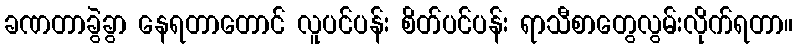
ခဏတာခွဲခွာ နေရတာတောင် လူပင်ပန်း စိတ်ပင်ပန်း ရာသီစာတွေလွမ်းလိုက်ရတာ။